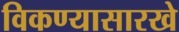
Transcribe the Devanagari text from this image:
विकण्यासारखे